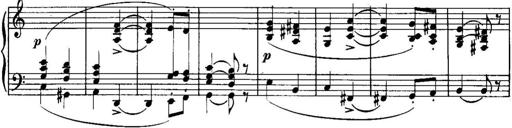
Title: Piano Sonatina No.1, Op.146
Composer: Stephen Heller